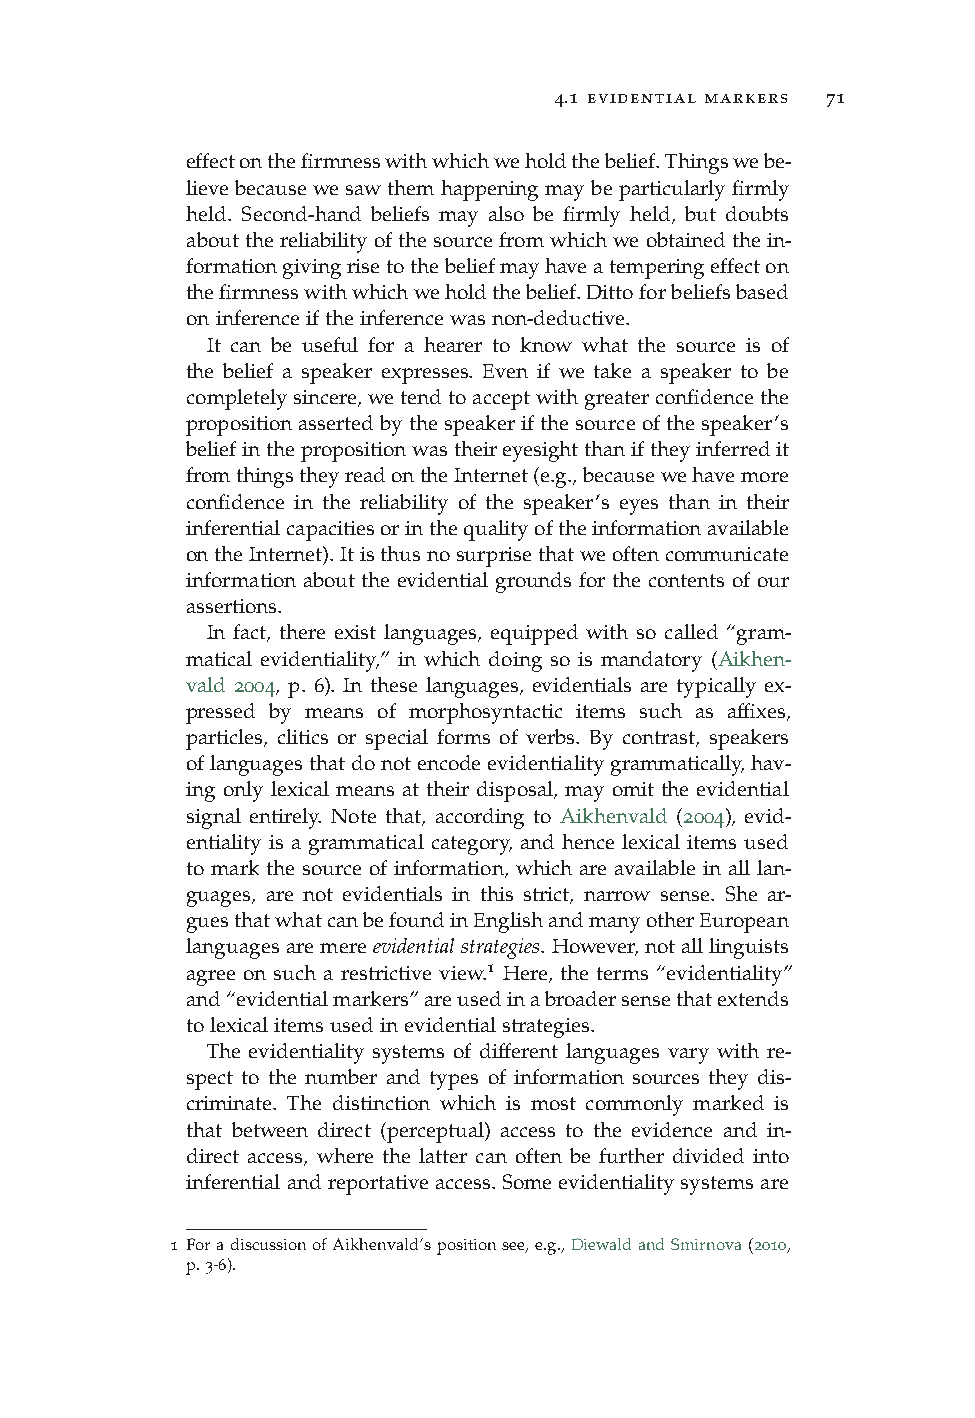
4.1 evidential markers 71
 effectonthefirmnesswithwhichweholdthebelief.Thingswebe-
 lievebecausewesawthemhappeningmaybeparticularlyfirmly
 held. Second-hand beliefs may also be firmly held, but doubts
 aboutthereliabilityofthesourcefromwhichweobtainedthein-
 formationgivingrisetothebeliefmayhaveatemperingeffecton
 thefirmnesswithwhichweholdthebelief.Dittoforbeliefsbased
 oninferenceiftheinferencewasnon-deductive.
 It can be useful for a hearer to know what the source is of
 the belief a speaker expresses. Even if we take a speaker to be
 completelysincere,wetendtoacceptwithgreaterconfidencethe
 propositionassertedbythespeakerifthesourceofthespeaker’s
 beliefinthepropositionwastheireyesightthaniftheyinferredit
 fromthingstheyreadontheInternet(e.g.,becausewehavemore
 confidence in the reliability of the speaker’s eyes than in their
 inferentialcapacitiesorinthequalityoftheinformationavailable
 ontheInternet).Itisthusnosurprisethatweoftencommunicate
 information about the evidential grounds for the contents of our
 assertions.
 In fact, there exist languages, equipped with so called “gram-
 matical evidentiality,” in which doing so is mandatory (Aikhen-
 vald 2004, p. 6). In these languages, evidentials are typically ex-
 pressed by means of morphosyntactic items such as affixes,
 particles, clitics or special forms of verbs. By contrast, speakers
 oflanguagesthatdonotencodeevidentialitygrammatically,hav-
 ing only lexical means at their disposal, may omit the evidential
 signal entirely. Note that, according to Aikhenvald (2004), evid-
 entiality is a grammatical category, and hence lexical items used
 to mark the source of information, which are available in all lan-
 guages, are not evidentials in this strict, narrow sense. She ar-
 guesthatwhatcanbefoundinEnglishandmanyotherEuropean
 languagesaremere evidentialstrategies.However,not alllinguists
 1
 agree on such a restrictive view. Here, the terms “evidentiality”
 and“evidentialmarkers”areusedinabroadersensethatextends
 tolexicalitemsusedinevidentialstrategies.
 The evidentiality systems of different languages vary with re-
 spect to the number and types of information sources they dis-
 criminate. The distinction which is most commonly marked is
 that between direct (perceptual) access to the evidence and in-
 direct access, where the latter can often be further divided into
 inferentialandreportativeaccess.Someevidentialitysystemsare
 1 ForadiscussionofAikhenvald’spositionsee,e.g.,DiewaldandSmirnova(2010,
 p.3-6).